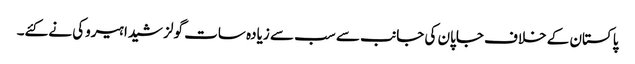
پاکستان کے خلاف جاپان کی جانب سے سب سے زیادہ سات گولز شیدا ہیروکی نے کئے۔